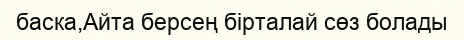
баска,Айта берсең бірталай сөз болады